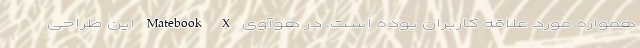
همواره مورد علاقه کاربران بوده است. در هوآوی Matebook X این طراحی